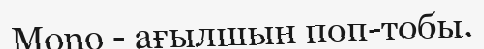
Mono - ағылшын поп-тобы.